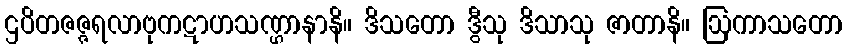
ဌပိတဇဇ္ဇရလာဗုကဋာဟသဏ္ဌာနာနိ။ ဒိသတော ဒွီသု ဒိသာသု ဇာတာနိ။ ဩကာသတော